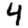
Digit: 4